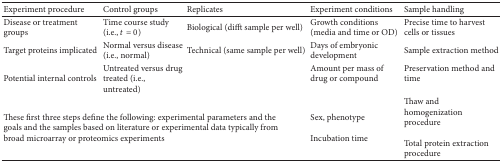
| Experiment procedure | Control groups | Replicates | Experiment conditions | Sample handling |
 | --- | --- | --- | --- | --- |
 | Disease or treatment groups | Time course study (i.e., t = 0) | Biological (difft sample per well) | Growth conditions (media and time or OD) | Precise time to harvest cells or tissues |
 | Target proteins implicated | Normal versus disease (i.e., normal) | Technical (same sample per well) | Days of embryonic development | Sample extraction method |
 | Potential internal controls | Untreated versus drug treated (i.e., untreated) |  | Amount per mass of drug or compound | Preservation method and time |
 | <COLSPAN=3> These first three steps define the following: experimental parameters and the goals and the samples based on literature or experimental data typically from broad microarray or proteomics experiments | Sex, phenotype Incubation time | Thaw and homogenization procedure Total protein extraction procedure |